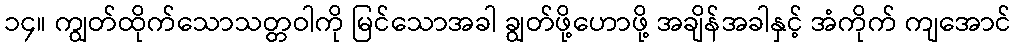
၁၄။ ကျွတ်ထိုက်သောသတ္တဝါကို မြင်သောအခါ ချွတ်ဖို့ဟောဖို့ အချိန်အခါနှင့် အံကိုက် ကျအောင်